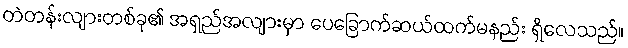
တဲတန်းလျားတစ်ခု၏ အရှည်အလျားမှာ ပေခြောက်ဆယ်ထက်မနည်း ရှိလေသည်။